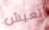
تعيش